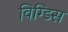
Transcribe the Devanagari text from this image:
विग्डिस